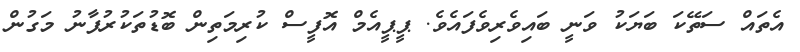
އެތައް ސަތޭކަ ބަޔަކު ވަނީ ބައިވެރިވެފައެވެ. ޕީޕީއެމް އޮފީސް ކުރިމަތިން ބޮޑުތަކުރުފާނު މަގުން